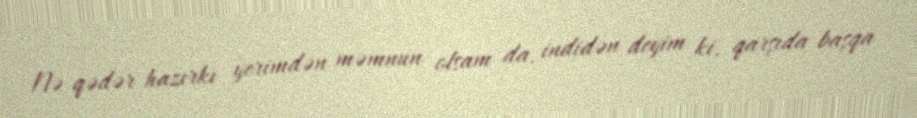
Nə qədər hazırkı yerimdən məmnun olsam da, indidən deyim ki, qarşıda başqa